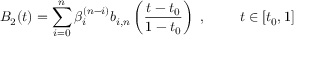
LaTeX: B _ { 2 } ( t ) = \sum _ { i = 0 } ^ { n } \beta _ { i } ^ { ( n - i ) } b _ { i , n } \left( { \frac { t - t _ { 0 } } { 1 - t _ { 0 } } } \right) { \mathrm { ~ , ~ } } \qquad t \in [ t _ { 0 } , 1 ]